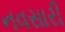
નવસારી